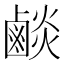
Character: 𪉧